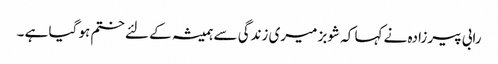
رابی پیرزادہ نے کہا کہ شوبز میری زندگی سے ہمیشہ کے لئے ختم ہو گیا ہے ۔